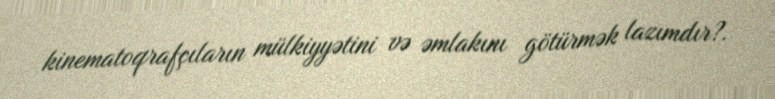
kinematoqrafçıların mülkiyyətini və əmlakını götürmək lazımdır?.